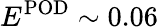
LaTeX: E^{\mathrm{POD}}\sim 0.06